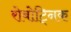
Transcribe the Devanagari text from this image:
रोबोट्निक